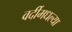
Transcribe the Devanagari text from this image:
वर्दीमधल्या